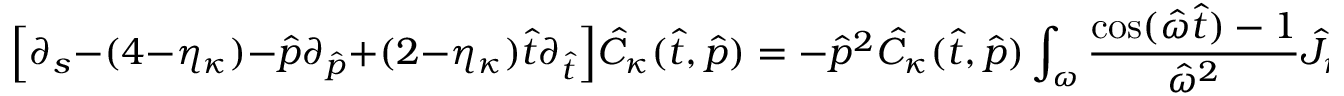
\Big [ \partial _ { s } - ( 4 - \eta _ { \kappa } ) - \hat { p } \partial _ { \hat { p } } + ( 2 - \eta _ { \kappa } ) { \hat { t } \partial _ { \hat { t } } } \Big ] \hat { C } _ { \kappa } ( \hat { t } , \hat { p } ) = - \hat { p } ^ { 2 } \hat { C } _ { \kappa } ( \hat { t } , \hat { p } ) \int _ { \omega } \frac { \cos ( \hat { \omega } \hat { t } ) - 1 } { \hat { \omega } ^ { 2 } } \hat { J } _ { \kappa } ( \hat { \omega } ) \, .